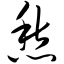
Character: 愁